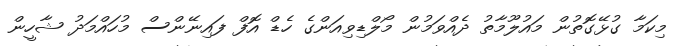
މިކަމާ ގުޅޭގޮތުން މައުލޫމާތު ދެއްވަމުން މޯލްޑިވިއަންގެ ހެޑް އޮފް ފައިނޭންސް މުހައްމަދު ޝާހީން